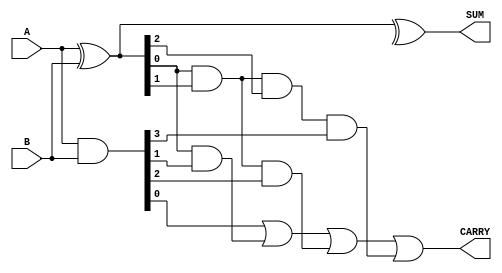
module KoggeStoneAdder(
    input [3:0] A,
    input [3:0] B,
    output [3:0] SUM,
    output CARRY
);

wire [3:0] P, G;
wire [3:0] C;

assign P = A ^ B;
assign G = A & B;

assign SUM = P ^ C;
assign CARRY = {G[3], G[2] | (P[2] & G[3]), G[1] | (P[1] & G[2]) | ((P[1] & P[2]) & G[3]), G[0] | (P[0] & G[1]) | ((P[0] & P[1]) & G[2]) | ((P[0] & P[1] & P[2]) & G[3])};

endmodule